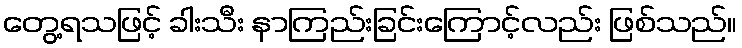
တွေ့ရသဖြင့် ခါးသီး နာကြည်းခြင်းကြောင့်လည်း ဖြစ်သည်။